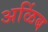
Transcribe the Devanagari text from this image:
अळिंब